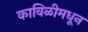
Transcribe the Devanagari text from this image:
काविळीमधून